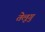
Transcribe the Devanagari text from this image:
तेलूगु